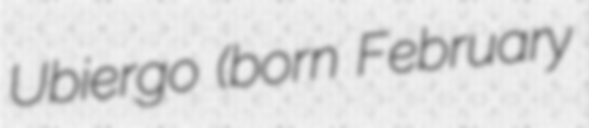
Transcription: Ubiergo (born February